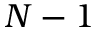
N - 1